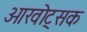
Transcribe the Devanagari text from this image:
ओखोट्सक